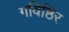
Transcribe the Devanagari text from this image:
गविष्ठिर